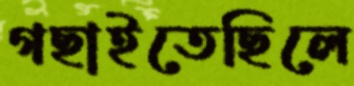
গছাইতেছিলে